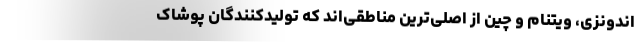
اندونزی، ویتنام و چین از اصلی‌ترین مناطقی‌اند که تولیدکنندگان پوشاک